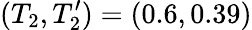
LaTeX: (T_{2},T_{2}^{\prime})=(0.6,0.39)